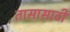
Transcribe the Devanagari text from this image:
तासासाठी